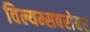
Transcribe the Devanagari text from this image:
विल्यम्सबरोबर